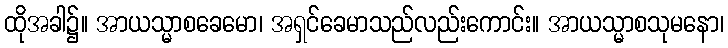
ထိုအခါ၌။ အာယသ္မာစခေမော၊ အရှင်ခေမာသည်လည်းကောင်း။ အာယသ္မာစသုမနော၊